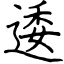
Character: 逶